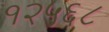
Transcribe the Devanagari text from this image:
१२५६८